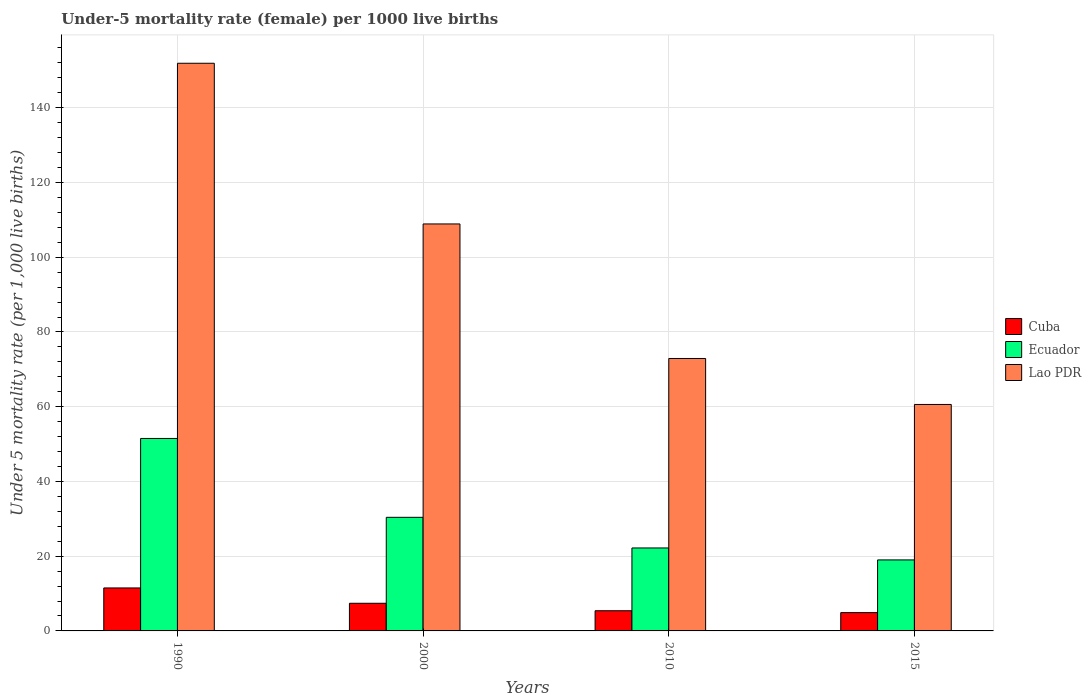
| Years | Cuba | Ecuador | Lao PDR |
 | --- | --- | --- | --- |
 | 1990 | 11.5 | 51.5 | 152 |
 | 2000 | 7.4 | 30.4 | 109 |
 | 2010 | 5.4 | 22.2 | 72.9 |
 | 2015 | 4.9 | 19 | 60.6 |